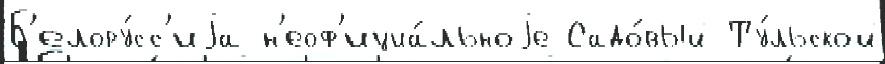
Б'елору́сс'иjа н'еоф'ициа́льноjе Садо́вый Ту́льской